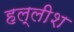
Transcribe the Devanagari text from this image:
हल्लीश